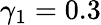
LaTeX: \gamma_{1}=0.3